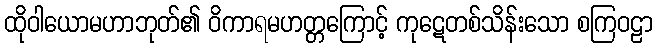
ထိုဝါယောမဟာဘုတ်၏ ဝိကာရမဟတ္တကြောင့် ကုဋေတစ်သိန်းသော စကြဝဠာ